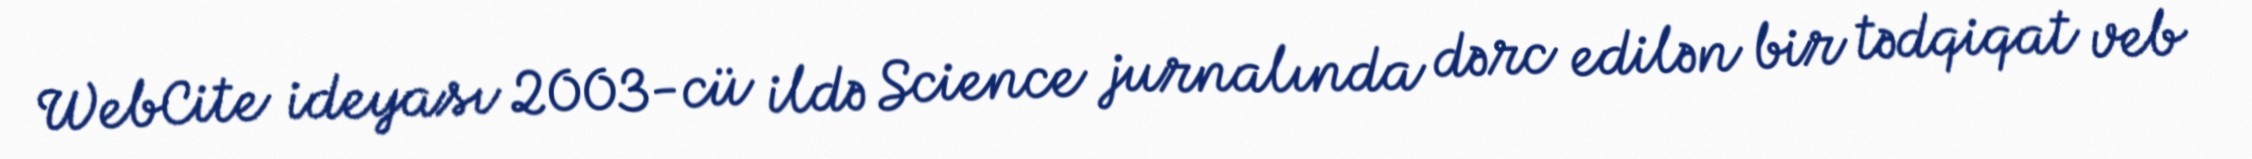
WebCite ideyası 2003-cü ildə Science jurnalında dərc edilən bir tədqiqat veb